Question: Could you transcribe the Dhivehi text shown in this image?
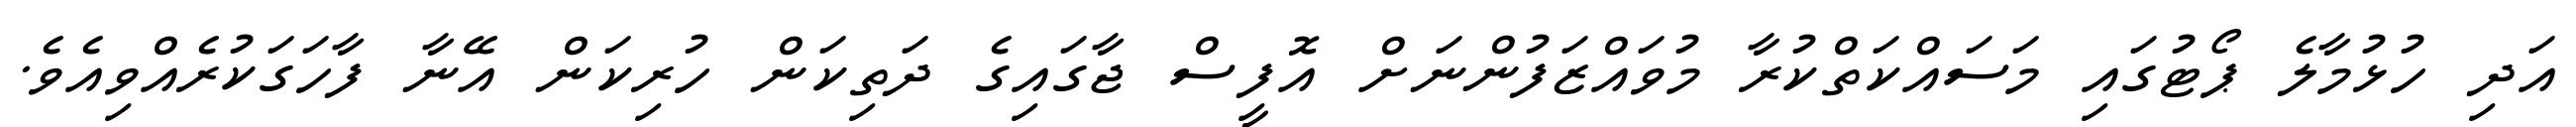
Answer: އަދި ހުޅުމާލެ ޕޯޓުގައި މަސައްކަތްކުރާ މުވައްޒަފުންނަށް އޮފީސް ޖާގައިގެ ދަތިކަން ހުރިކަން އޭނާ ފާހަގަކުރެއްވިއެވެ.